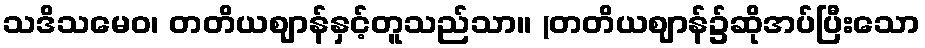
သဒိသမေဝ၊ တတိယဈာန်နှင့်တူသည်သာ။ (တတိယဈာန်၌ဆိုအပ်ပြီးသော